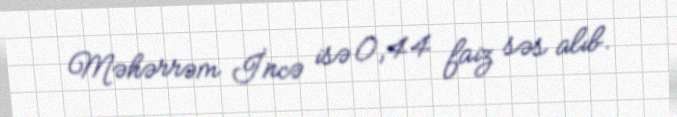
Məhərrəm İncə isə 0,44 faiz səs alıb.